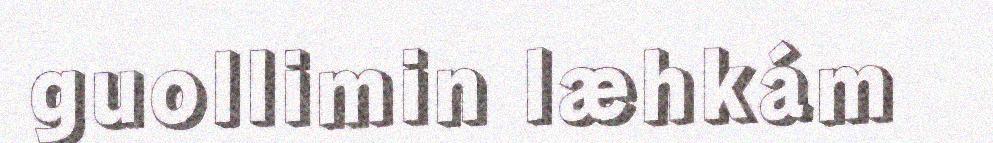
guollimin læhkám